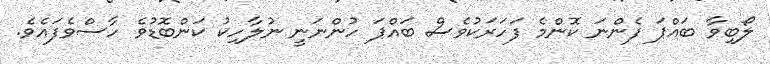
ލޯބިވާ ބައްޕަ ފެންނަ ކޮންމެ ފަހަރަކުވެސް ބައްޕަ ހުންނަނީ ނުލާހިކު ކަންބޮޑުވެ ހާސްވެފައެވެ.